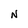
Character: N